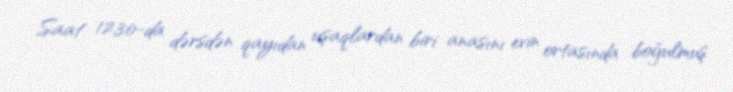
Saat 12,30-da dərsdən qayıdan uşaqlardan biri anasını evin ortasında boğulmuş